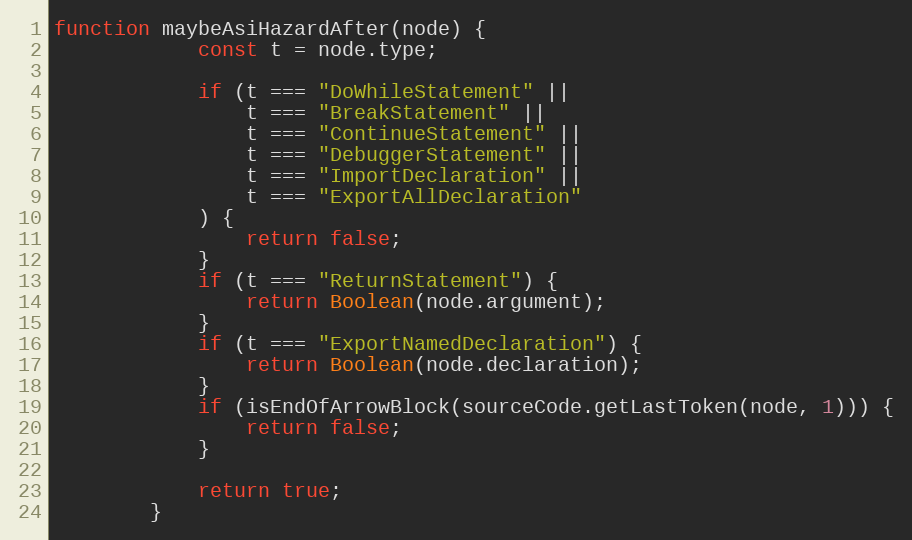
Language: JavaScript
function maybeAsiHazardAfter(node) {
            const t = node.type;

            if (t === "DoWhileStatement" ||
                t === "BreakStatement" ||
                t === "ContinueStatement" ||
                t === "DebuggerStatement" ||
                t === "ImportDeclaration" ||
                t === "ExportAllDeclaration"
            ) {
                return false;
            }
            if (t === "ReturnStatement") {
                return Boolean(node.argument);
            }
            if (t === "ExportNamedDeclaration") {
                return Boolean(node.declaration);
            }
            if (isEndOfArrowBlock(sourceCode.getLastToken(node, 1))) {
                return false;
            }

            return true;
        }